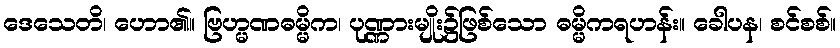
ဒေသေတိ၊ ဟော၏။ ဗြဟ္မဏဓမ္မိက၊ ပုဏ္ဏားမျိုး၌ဖြစ်သော ဓမ္မိကရဟန်း။ ခေါပန၊ စင်စစ်။